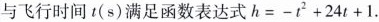
与飞行时间t(s)满足函数表达式$$h=-t^{2}+24t+1$$.